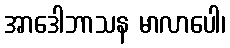
အာဒေါဘာသန မာလာပေါ၊